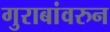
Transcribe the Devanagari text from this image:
गुराबांवरुन